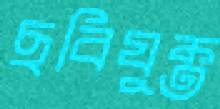
ছবিযুক্ত